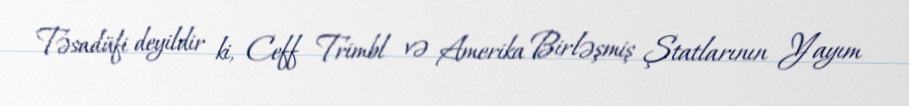
Təsadüfi deyildir ki, Ceff Trimbl və Amerika Birləşmiş Ştatlarının Yayım